画像に写った文字を読んでください
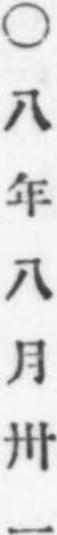
「○八年八月卅一」と書いてあります